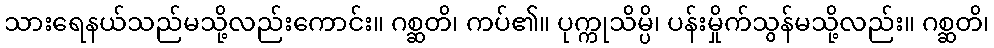
သားရေနယ်သည်မသို့လည်းကောင်း။ ဂစ္ဆတိ၊ ကပ်၏။ ပုက္ကုသိမ္ပိ၊ ပန်းမှိုက်သွန်မသို့လည်း။ ဂစ္ဆတိ၊